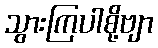
သွားကြပါစို့ဗျာ